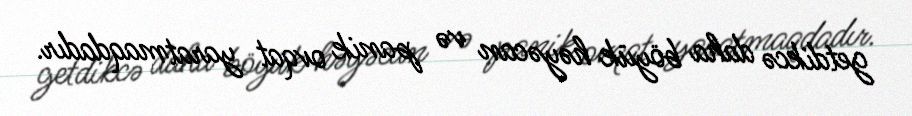
getdikcə daha böyük həyəcan və panik ovqat yaratmaqdadır.